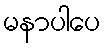
မနာပါပေ